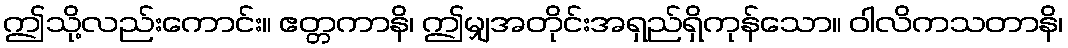
ဤသို့လည်းကောင်း။ ဧတ္တကာနိ၊ ဤမျှအတိုင်းအရှည်ရှိကုန်သော။ ဝါလိကသတာနိ၊